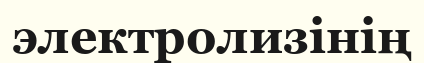
электролизінің